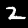
Label: 2